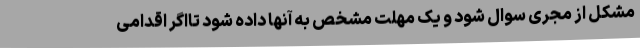
مشکل از مجری سوال شود و یک مهلت مشخص به آنها داده شود تااگر اقدامی